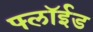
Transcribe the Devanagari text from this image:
फ्लॉईड